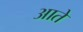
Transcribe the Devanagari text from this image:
आते